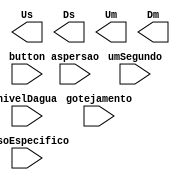
module contagemRegressiva(
    input umSegundo,
    input aspersao,
    input gotejamento,
    input casoEspecifico,
    input [2:0] nivelDagua,
    input button,
    output [3:0] Us, Ds, Um, Dm
);

endmodule